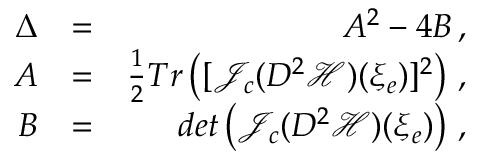
\begin{array} { r l r } { \Delta } & { = } & { A ^ { 2 } - 4 B \, , } \\ { A } & { = } & { \frac { 1 } { 2 } T r \left( [ { \mathcal { J } } _ { c } ( D ^ { 2 } { \mathcal { H } } ) ( \xi _ { e } ) ] ^ { 2 } \right) \, , } \\ { B } & { = } & { d e t \left( { \mathcal { J } } _ { c } ( D ^ { 2 } { \mathcal { H } } ) ( \xi _ { e } ) \right) \, , } \end{array}